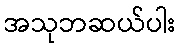
အသုဘဆယ်ပါး